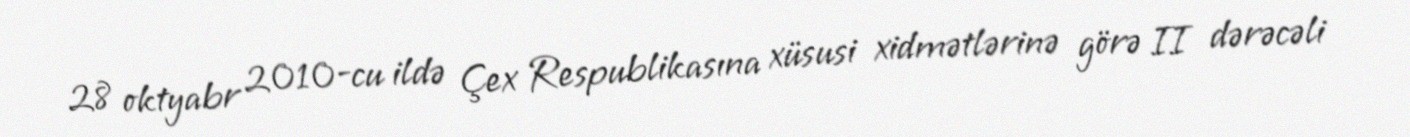
28 oktyabr 2010-cu ildə Çex Respublikasına xüsusi xidmətlərinə görə II dərəcəli